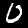
Label: 0